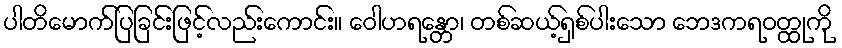
ပါတိမောက်ပြခြင်းဖြင့်လည်းကောင်း။ ဝေါဟရန္တော၊ တစ်ဆယ့်ရှစ်ပါးသော ဘေဒကရဝတ္ထုကို